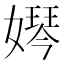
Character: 𡡱